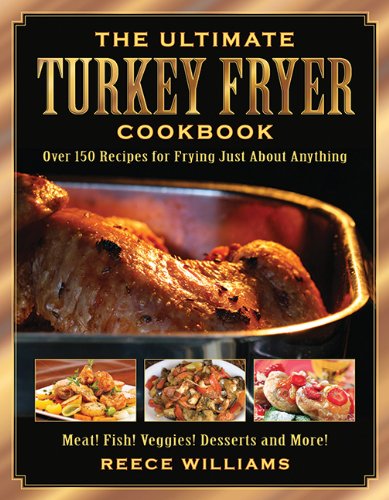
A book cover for The Ultimate Turkey Fryer Cookbook: Over 150 Recipes for Frying Just About Anything; Reece Williams; Cookbooks, Food & Wine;